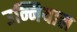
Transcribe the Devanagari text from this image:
उन्नियाल